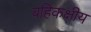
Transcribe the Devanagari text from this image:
बहिकक्षीय